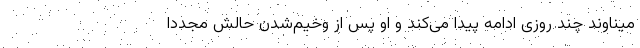
میناوند چند روزی ادامه پیدا می‌کند و او پس از وخیم‌شدن حالش مجددا